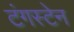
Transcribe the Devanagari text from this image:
टंगस्टेन